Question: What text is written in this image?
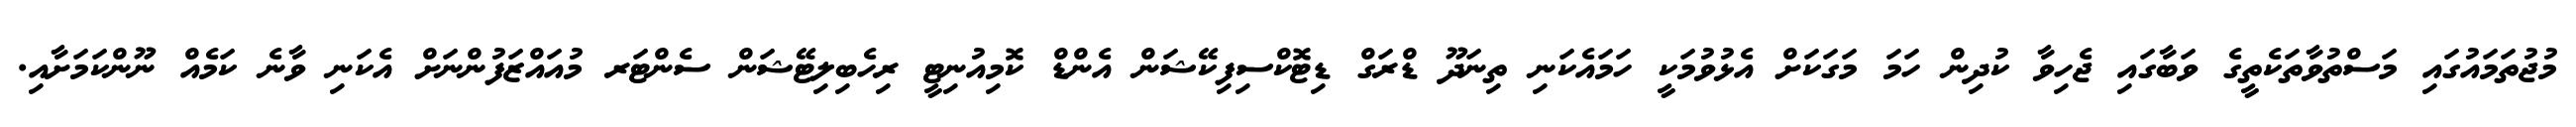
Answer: މުޖުތަމައުގައި މަސްތުވާތަކެތީގެ ވަބާގައި ޖެހިވާ ކުދިން ހަމަ މަގަކަށް އެޅުވުމަކީ ހަމައެކަނި ތިނަދޫ ޑްރަގް ޑިޓޮކްސިފިކޭޝަން އެންޑް ކޮމިއުނިޓީ ރިހެބިލިޓޭޝަން ސެންޓަރ މުއައްޒަފުންނަށް އެކަނި ވާނެ ކަމެއް ނޫންކަމަށާއި.